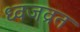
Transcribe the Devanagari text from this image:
ध्वजव्रत